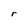
Character: r